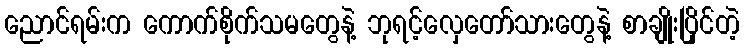
ညောင်ရမ်းက ကောက်စိုက်သမတွေနဲ့ ဘုရင့်လှေတော်သားတွေနဲ့ စာချိုးပြိုင်တဲ့